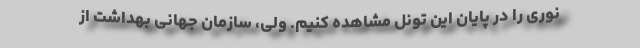
نوری را در پایان این تونل مشاهده کنیم. ولی، سازمان جهانی بهداشت از